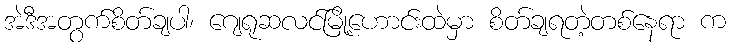
အဲဒီအတွက်စိတ်ချပါ၊ ဂျေရုဆလင်မြို့ဟောင်းထဲမှာ စိတ်ချရတဲ့တစ်နေရာ က